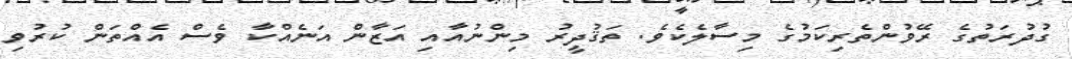
ގުދުރަތުގެ ރޭވުންތެރިކަމުގެ މިސާލެކެވެ. ތަޤުދީރު މިންނުއާއި އަޒާން އަނެއްކާ ވެސް އެއްތަން ކުރުވި